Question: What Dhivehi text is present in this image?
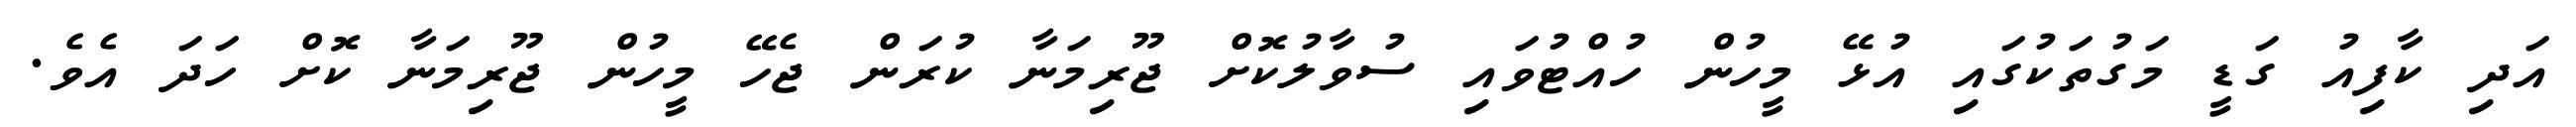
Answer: އަދި ކާފިއު ގަޑީ މަގުތަކުގައި އުޅޭ މީހުން ހުއްޓުވައި ސުވާލުކޮށް ޖޫރިމަނާ ކުރަން ޖެހޭ މީހުން ޖޫރިމަނާ ކޮށް ހަދަ އެވެ.